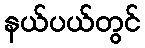
နယ်ပယ်တွင်